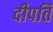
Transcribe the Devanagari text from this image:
दीपति